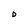
Character: D